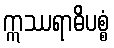
ဣဿရာဓိပစ္စံ